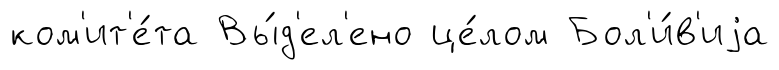
ком'ит'е́та Вы́д'ел'ено це́лом Бол'и́в'иjа